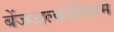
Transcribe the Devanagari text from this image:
बेंजअल्कोनियम